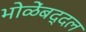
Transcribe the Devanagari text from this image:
भोळेंबद्दल